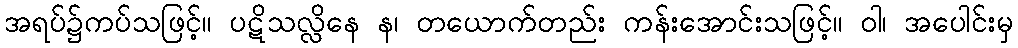
အရပ်၌ကပ်သဖြင့်။ ပဋိသလ္လိနေ န၊ တယောက်တည်း ကန်းအောင်းသဖြင့်။ ဝါ၊ အပေါင်းမှ